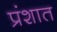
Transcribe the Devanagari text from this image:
प्रंशात